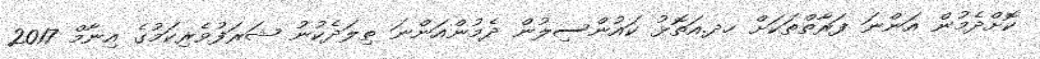
ކޮށްދެމުން އަންނަ ފަރާތްތަކަށް ހދ.އަތޮޅު ކައުންސިލުން ދެމުންއަންނަ ތިލަދެކުނު ޝަރަފުވެރިކަމުގެ އިނާމް 2017